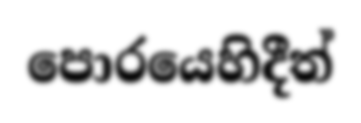
පොරයෙහිදීත්